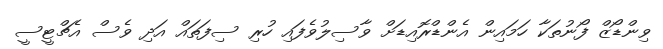
ވިންޑޯޒް ފޯނުތަކާ ހަމައިން އެންޑްރޮއިޑަށް ވާސިލުވެފައި ހުރި ސިފަތައް އަދި ވެސް އެޗްޓީސީ